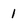
Character: 1